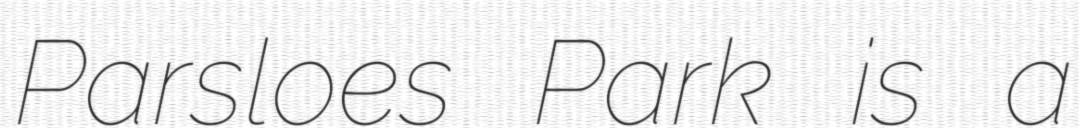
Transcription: Parsloes Park is a